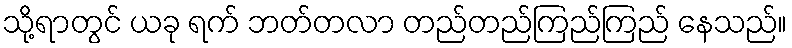
သို့ရာတွင် ယခု ရက် ဘတ်တလာ တည်တည်ကြည်ကြည် နေသည်။